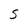
Character: S